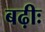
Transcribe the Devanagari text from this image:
बढ़ीः